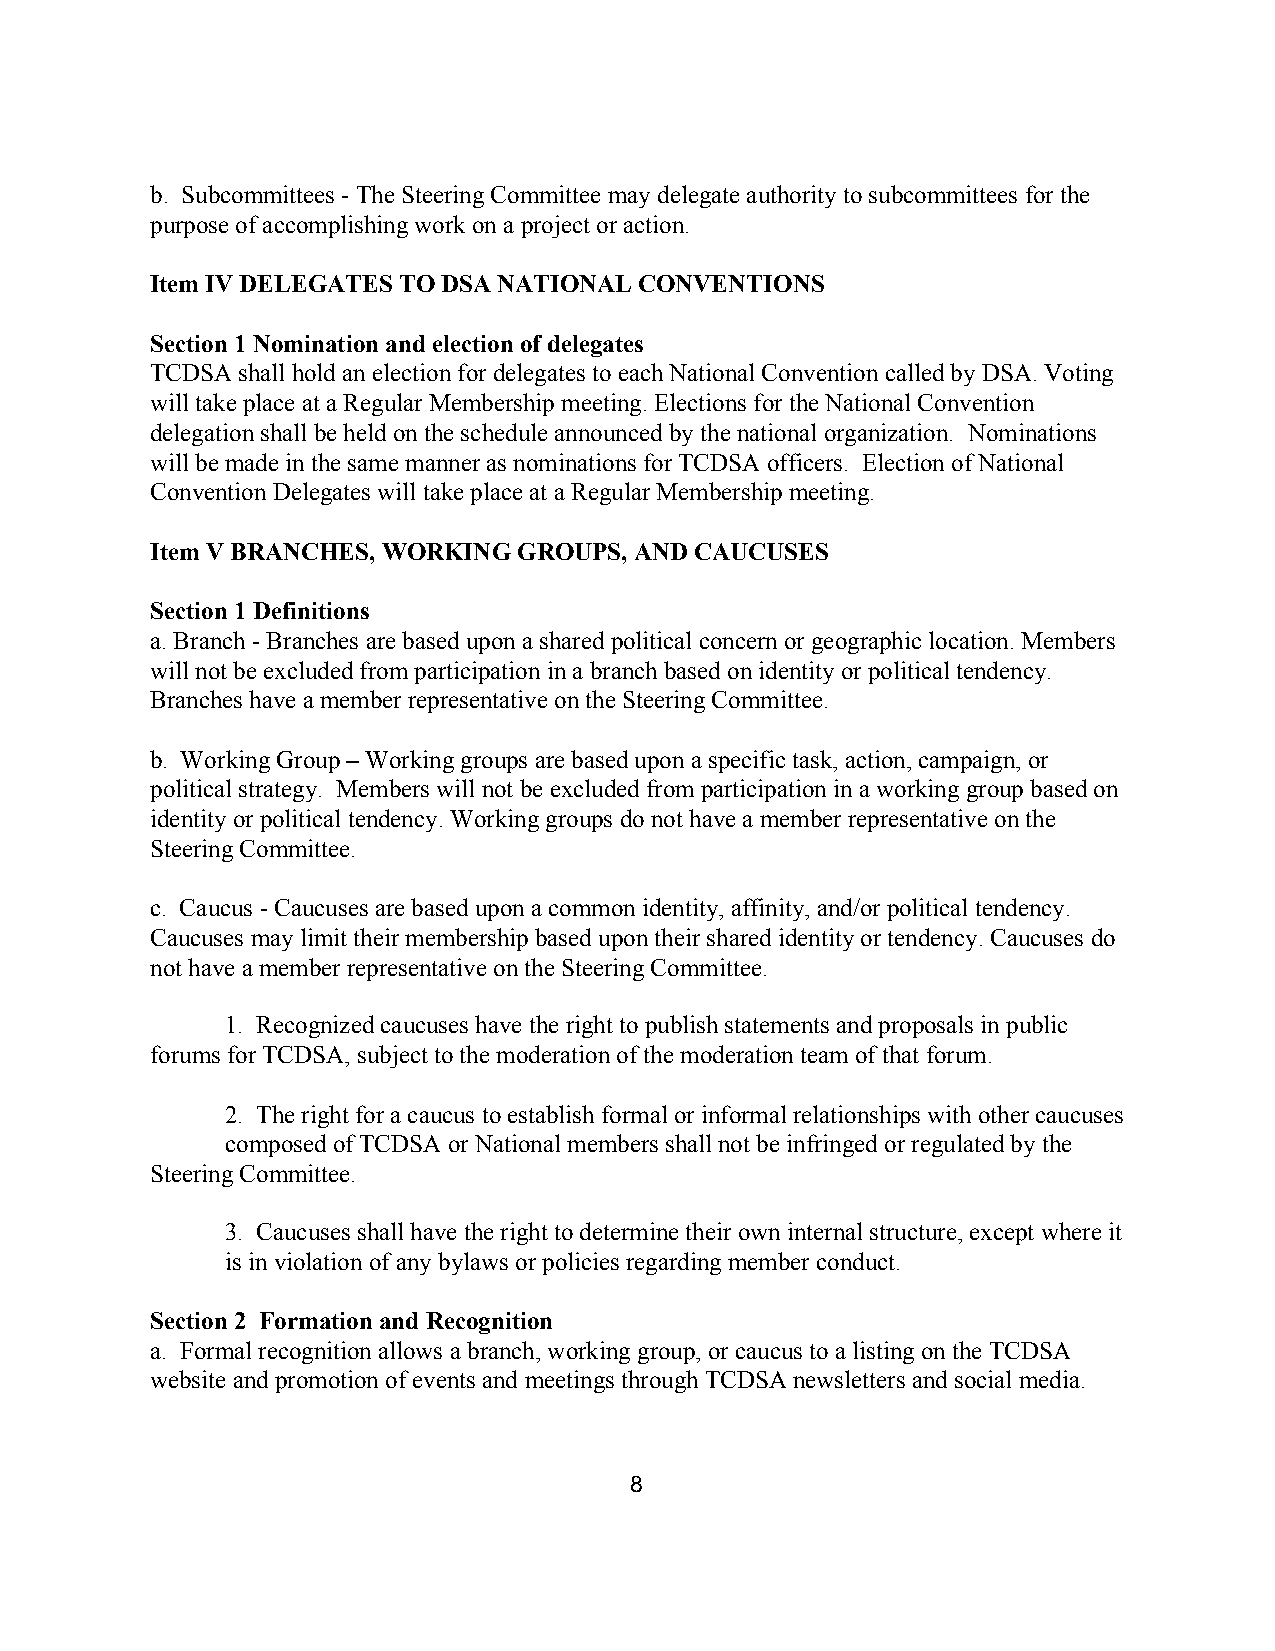
b. Subcommittees - The Steering Committee may delegate authority to subcommittees for the
 purpose of accomplishing work on a project or action.
 Item IV DELEGATES TO DSA NATIONAL CONVENTIONS
 Section 1 Nomination and election of delegates
 TCDSA shall hold an election for delegates to each National Convention called by DSA. Voting
 will take place at a Regular Membership meeting. Elections for the National Convention
 delegation shall be held on the schedule announced by the national organization. Nominations
 ​
 will be made in the same manner as nominations for TCDSA officers. Election of National
 Convention Delegates will take place at a Regular Membership meeting.
 Item V BRANCHES, WORKING GROUPS, AND CAUCUSES
 Section 1 Definitions
 a. Branch - Branches are based upon a shared political concern or geographic location. Members
 will not be excluded from participation in a branch based on identity or political tendency.
 Branches have a member representative on the Steering Committee.
 b. Working Group – Working groups are based upon a specific task, action, campaign, or
 political strategy. Members will not be excluded from participation in a working group based on
 identity or political tendency. Working groups do not have a member representative on the
 Steering Committee.
 c. Caucus - Caucuses are based upon a common identity, affinity, and/or political tendency.
 Caucuses may limit their membership based upon their shared identity or tendency. Caucuses do
 not have a member representative on the Steering Committee.
 1. Recognized caucuses have the right to publish statements and proposals in public
 ​
 forums for TCDSA, subject to the moderation of the moderation team of that forum.
 2. The right for a caucus to establish formal or informal relationships with other caucuses
 composed of TCDSA or National members shall not be infringed or regulated by the
 Steering Committee.
 3. Caucuses shall have the right to determine their own internal structure, except where it
 is in violation of any bylaws or policies regarding member conduct.
 Section 2 Formation and Recognition
 a. Formal recognition allows a branch, working group, or caucus to a listing on the TCDSA
 website and promotion of events and meetings through TCDSA newsletters and social media.
 8